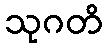
သုဂတိ